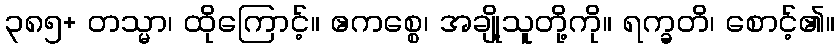
၃၈၅+ တသ္မာ၊ ထိုကြောင့်။ ဧကစ္စေ၊ အချို့သူတို့ကို။ ရက္ခတိ၊ စောင့်၏။